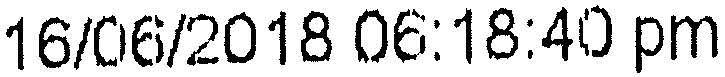
16/06/2018 06:18:40 PM